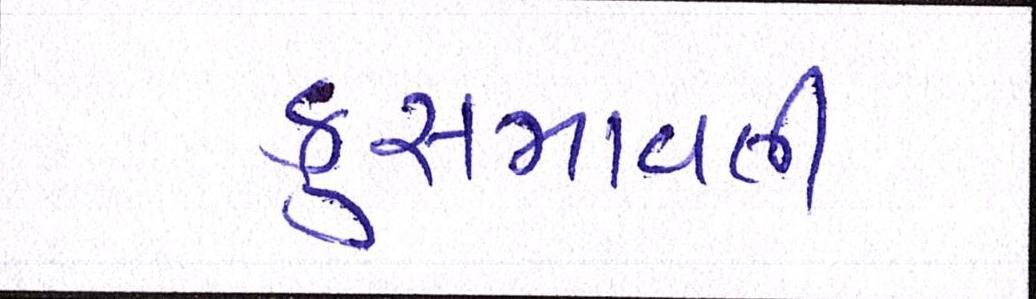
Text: કુસમાવતી